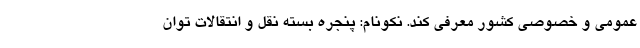
عمومی و خصوصی کشور معرفی کند. نکونام: پنجره‌ بسته نقل و انتقالات توان